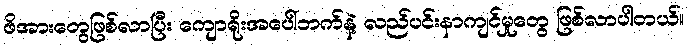
ဖိအားတွေဖြစ်လာပြီး ကျောရိုးအပေါ်ဘက်နဲ့ လည်ပင်းနာကျင်မှုတွေ ဖြစ်လာပါတယ်။